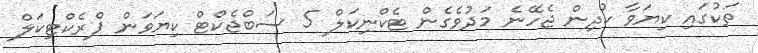
ތަކުގައި ކިޔަވާ ކުދިން ޖެހޭނެ މަދުވެގެން ޓެކްނިކަލް 5 ސަބްޖެކްޓް ކިޔަވަން ޕްރެކްޓިކަލް